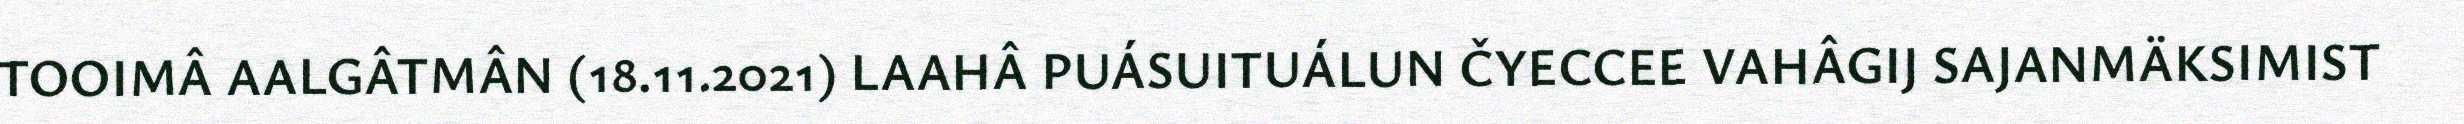
TOOIMÂ AALGÂTMÂN (18.11.2021) LAAHÂ PUÁSUITUÁLUN ČYECCEE VAHÂGIJ SAJANMÄKSIMIST